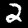
Digit: 2